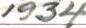
1934